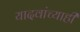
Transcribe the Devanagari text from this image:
यादवांच्याही